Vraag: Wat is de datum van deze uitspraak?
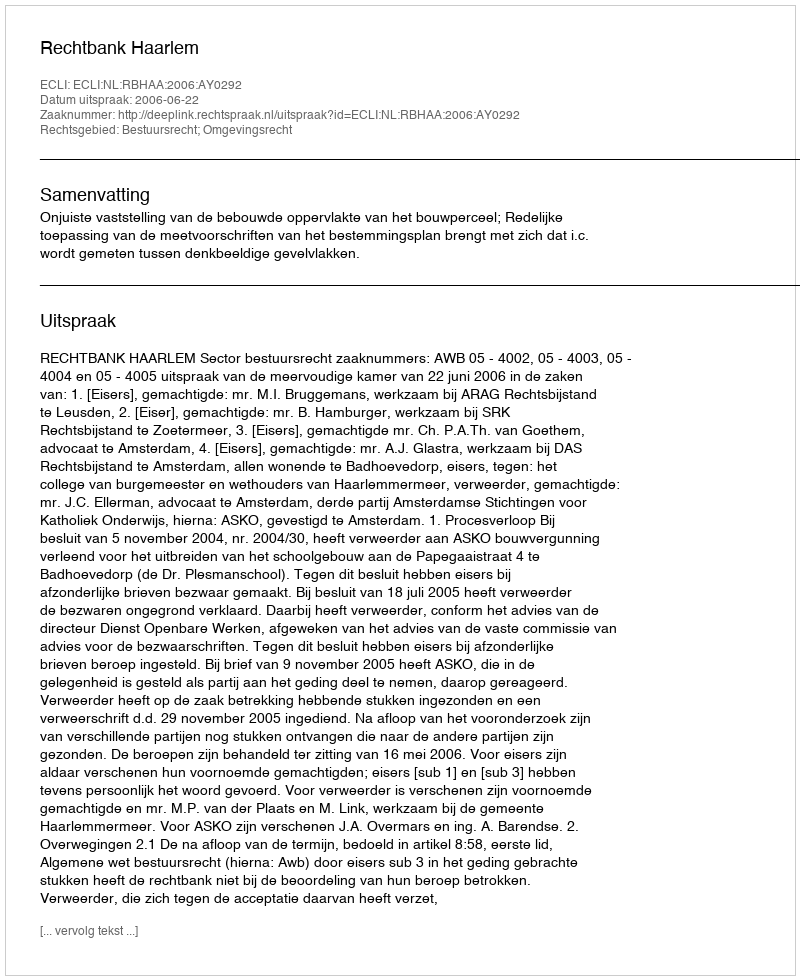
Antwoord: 2006-06-22